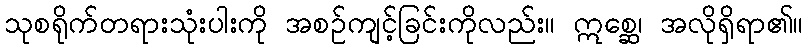
သုစရိုက်တရားသုံးပါးကို အစဉ်ကျင့်ခြင်းကိုလည်း။ ဣစ္ဆေ၊ အလိုရှိရာ၏။